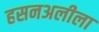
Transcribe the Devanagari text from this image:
हसनअलीला